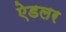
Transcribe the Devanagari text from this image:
ऐडलर